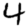
Digit: 4